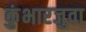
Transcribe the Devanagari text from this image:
कुंभारजुवा